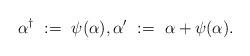
LaTeX: \begin{align*}\alpha^{\dagger}\ :=\ \psi(\alpha), \alpha'\ :=\ \alpha+\psi(\alpha).\end{align*}